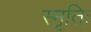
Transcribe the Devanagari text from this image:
स्मृतिः